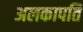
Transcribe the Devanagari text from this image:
अलकापति